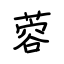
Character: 蓉